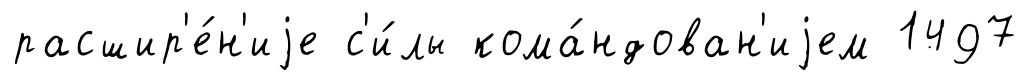
расшир'е́н'иjе с'и́лы кома́ндован'иjем 1497